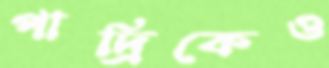
পাদ্রিকেও